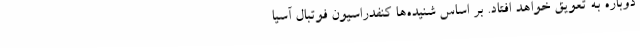
دوباره به تعویق خواهد افتاد. بر اساس شنیده‌ها کنفدراسیون فوتبال آسیا